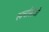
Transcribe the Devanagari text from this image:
खर्चांसाठी